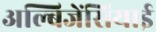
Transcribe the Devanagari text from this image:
अल्बिजेंसियाई